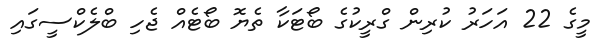
މީގެ 22 އަހަރު ކުރިން ގްރީކުގެ ބޯޓަކާ ތެޔޮ ބޯޓެއް ޖެހި ބްލެކްސީގައި